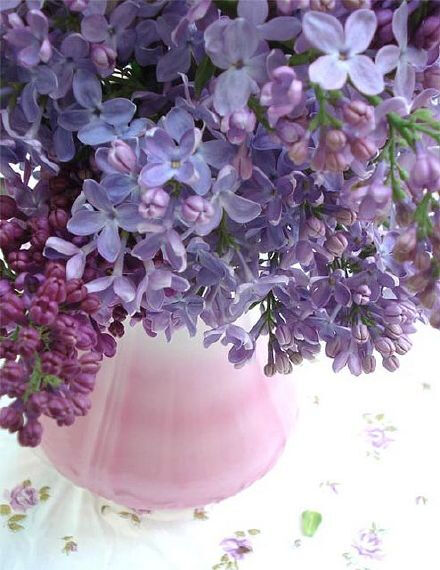
青鸟不传云外信，丁香空结雨中愁。